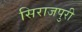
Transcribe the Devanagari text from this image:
सिराजपुरी